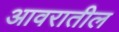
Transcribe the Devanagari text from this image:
आवरातील